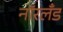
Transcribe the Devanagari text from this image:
नॉरलँड